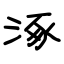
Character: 涿